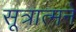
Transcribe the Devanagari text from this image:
सूत्रात्मने